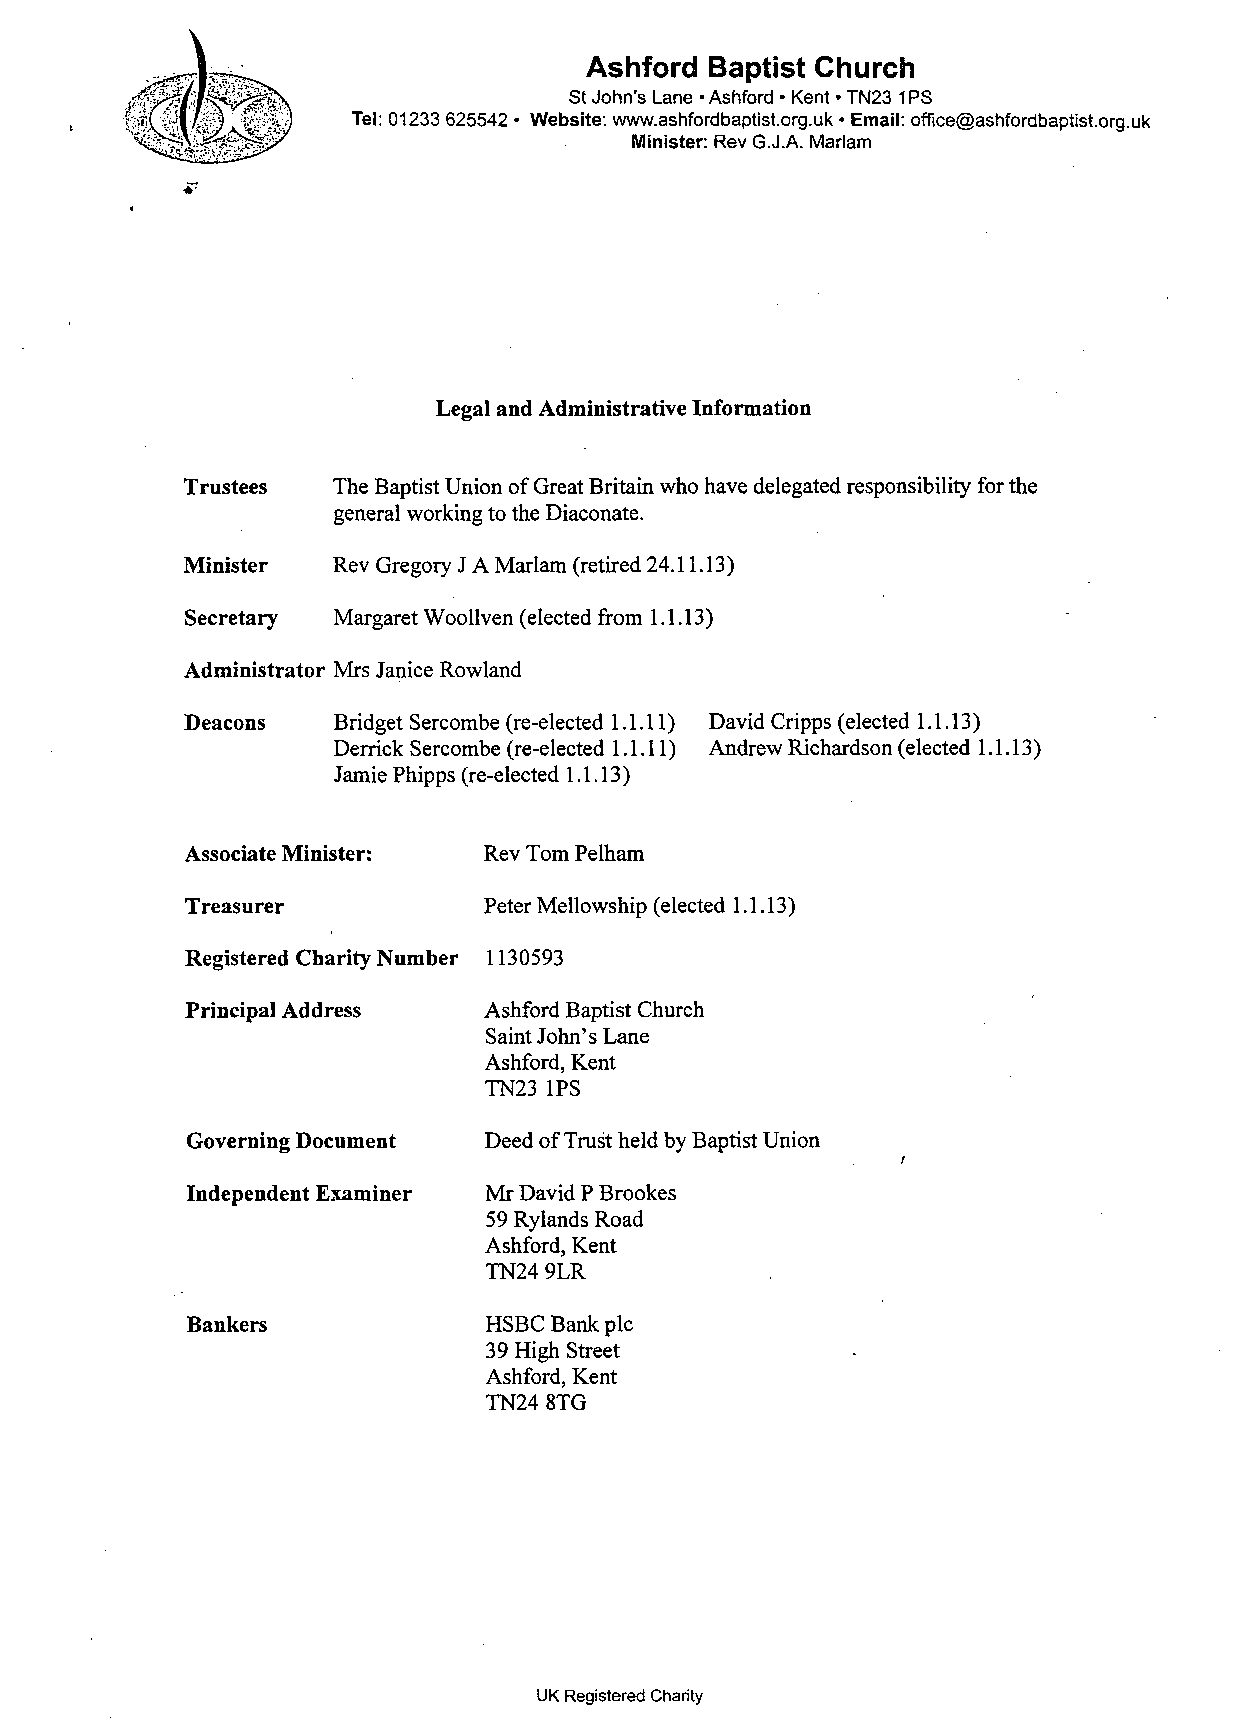
Ashford Baptist Church
 St John's Lane • Ashford • Kent • TN23 1PS
 Tel: 01233 625542 • Website: www.ashfordbaptist.org.uk • Email: office@ashfordbaptist.org.uk
 Minister: Rev G.J.A. Marlam
 Legal and Administrative Information
 Trustees  The Baptist Union of Great Britain who have delegated responsibility for the
 general working to the Diaconate.
 Minister  Rev Gregory J A Marlam (retired 24.11.13)
 Secretary Margaret Woo liven (elected from 1.1.13)
 Administrator Mrs Janice Rowland
 Deacons   Bridget Sercombe (re-elected 1.1.11) David Cripps (elected 1.1.13)
 Derrick Sercombe (re-elected 1.1.11) Andrew Richardson (elected 1.1.13)
 Jamie Phipps (re-elected 1.1.13)
 Associate Minister: Rev Tom Pelham
 Treasurer           Peter Mellowship (elected 1.1.13)
 Registered Charity Number 1130593
 Principal Address   Ashford Baptist Church
 Saint John's Lane
 Ashford, Kent
 TN23 IPS
 Governing Document  Deed of Trust held by Baptist Union
 Independent Examiner Mr David P Brookes
 59 Rylands Road
 Ashford, Kent
 TN24 9LR
 Bankers             HSBC Bank pic
 39 High Street
 Ashford, Kent
 TN24 8TG
 UK Registered Charity